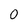
Character: 0